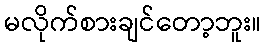
မလိုက်စားချင်တော့ဘူး။